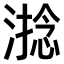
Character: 𣻧